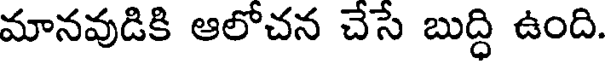
మానవుడికి ఆలోచన చేసే బుద్ధి ఉంది.